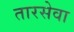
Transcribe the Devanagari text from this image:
तारसेवा